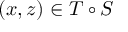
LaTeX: ( x , z ) \in T \circ S